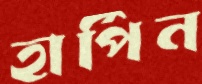
হার্পিন